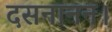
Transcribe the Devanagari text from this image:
दसनानन।